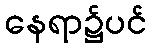
နေရာ၌ပင်